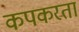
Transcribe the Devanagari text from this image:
कपकरता